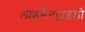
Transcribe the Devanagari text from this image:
लाइमैनट्राइडी